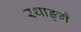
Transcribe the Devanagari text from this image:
रथाङ्गे